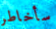
سأخاطر